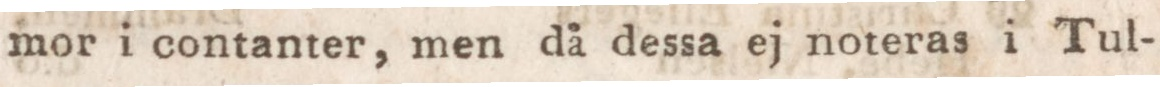
mor i contanter, men då dessa ej noteras i Tul-